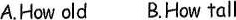
A.How old BHow tall